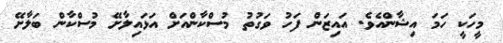
މީހަކީ ހަމަ އިޝާންއެވެ. އައިޒަން ފަހު ވަގުތު މުސްކާންއަށް އަޅައިލާށޭ މުސްކާން ބަލާށޭ